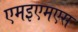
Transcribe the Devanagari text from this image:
एमइएमएस